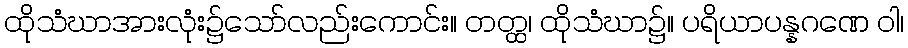
ထိုသံဃာအားလုံး၌သော်လည်းကောင်း။ တတ္ထ၊ ထိုသံဃာ၌။ ပရိယာပန္နဂဏေ ဝါ၊